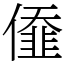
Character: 𠎷